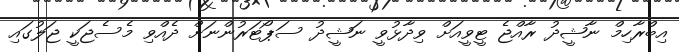
އިބްރާހިމް ނާޝީދު ރާއްޖެ ޓީވީއަށް ވިދާޅުވީ ނަޝީދު ސަޕޯޓަރުންނަށް ދެއްވި މެސެޖަކީ ޖަލުގައި